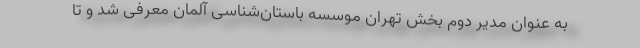
به عنوان مدیر دوم بخش تهران موسسه باستان‌شناسی آلمان معرفی شد و تا